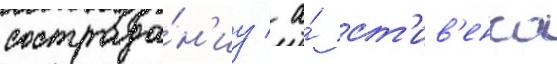
сострада́н'иу / а́ ст'ив'енса